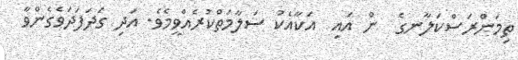
ތިމަންރަސްކަލާނގެ  ން އައި  އަކާއެކު ސަލާމަތްކުރެއްވީމެވެ. އަދި ގަދަފަދަވެގެންވާ